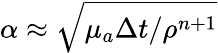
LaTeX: \alpha\approx\sqrt{\mu_{a}\Delta t/\rho^{n+1}}